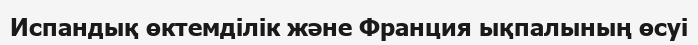
Испандық өктемдiлiк және Франция ықпалының өсуі